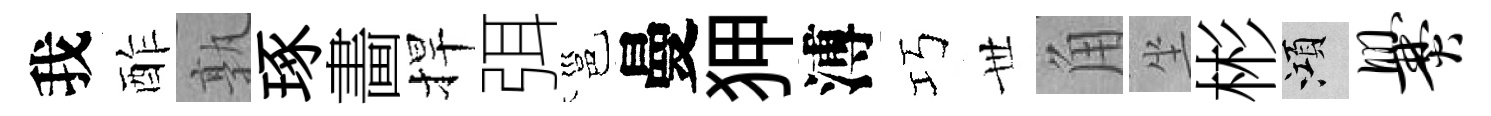
我酢孰琢畵捍弭邕曼狎溥巧𠀍角坐彬澒爨